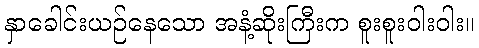
နှာခေါင်းယဉ်နေသော အနံ့ဆိုးကြီးက စူးစူးဝါးဝါး။